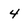
Character: 4